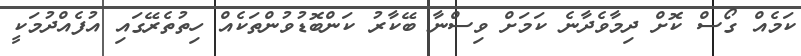
ކަމެއް ގޯސް ކޮށް ދިމާވެދާނެ ކަމަށް ވިސްނާ ބޭކާރު ކަންބޮޑުވުންތަކެއް ހިތުތެރޭގައި އުފެއްދުމަކީ